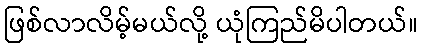
ဖြစ်လာလိမ့်မယ်လို့ ယုံကြည်မိပါတယ်။